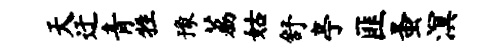
天迂青牲豫荔姑舒亭匪蚤溟